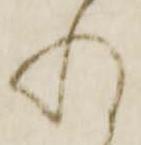
れ